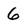
Character: 6